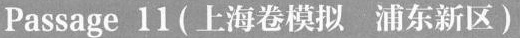
Passage 11 (上海卷模拟 浦东新区)